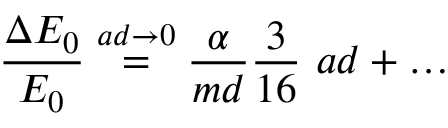
{ \frac { \Delta E _ { 0 } } { E _ { 0 } } } \stackrel { a d \to 0 } { = } { \frac { \alpha } { m d } } { \frac { 3 } { 1 6 } } \ { a d } + \ldots